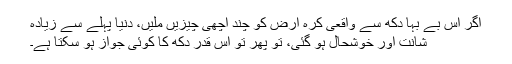
اگر اس بے بہا دکھ سے واقعی کرہ ارض کو چند اچھی چیزیں ملیں، دنیا پہلے سے زیادہ
شانت اور خوشحال ہو گئی، تو پھر تو اس قدر دکھ کا کوئی جواز ہو سکتا ہے۔